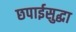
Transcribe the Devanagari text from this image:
छपाईसुद्धा